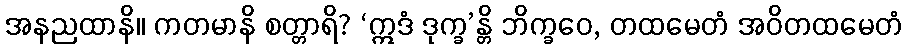
အနညထာနိ။ ကတမာနိ စတ္တာရိ? ‘ဣဒံ ဒုက္ခ’န္တိ ဘိက္ခဝေ, တထမေတံ အဝိတထမေတံ